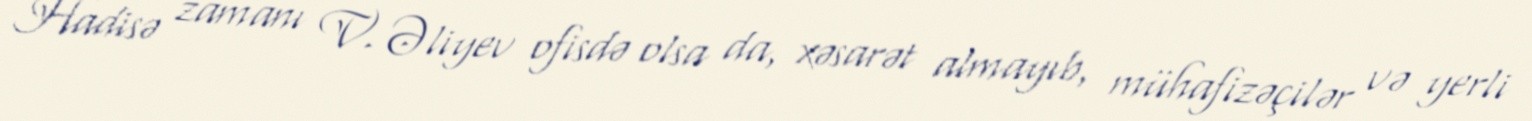
Hadisə zamanı V. Əliyev ofisdə olsa da, xəsarət almayıb, mühafizəçilər və yerli